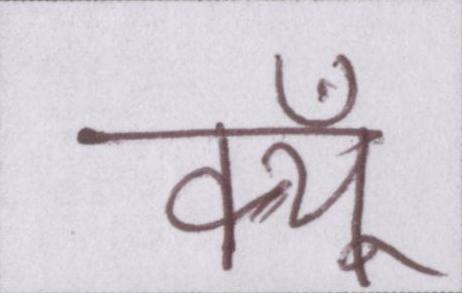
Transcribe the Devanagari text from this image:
क्यूँ